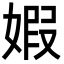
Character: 婽